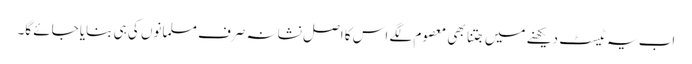
اب یہ ٹیسٹ دیکھنے میں جتنا بھی معصوم لگے اس کا اصل نشانہ صرف مسلمانوں کی ہی بنایا جائے گا۔